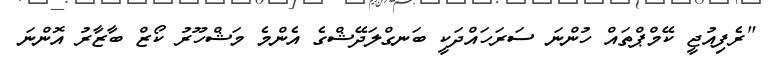
"ރެފިއުޖީ ކޭމްޕްތައް ހުންނަ ސަރަހައްދަކީ ބަނގްލަދޭޝްގެ އެންމެ މަޝްހޫރު ކޯޒް ބާޒާރު އޮންނަ